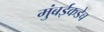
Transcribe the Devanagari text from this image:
मुंबईकडेच